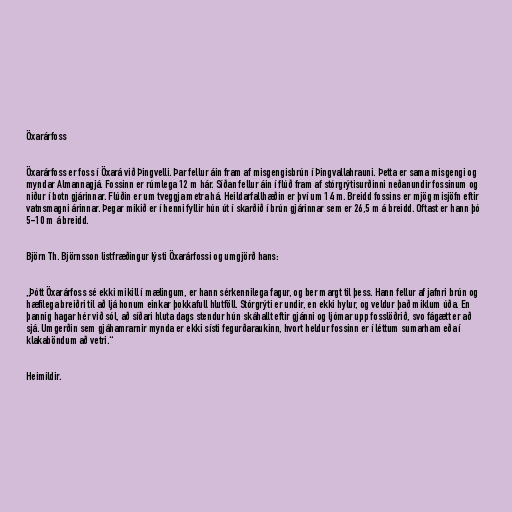
Öxarárfoss

Öxarárfoss er foss í Öxará við Þingvelli. Þar fellur áin fram af misgengisbrún í Þingvallahrauni. Þetta er sama misgengi og
myndar Almannagjá. Fossinn er rúmlega 12 m hár. Síðan fellur áin í flúð fram af stórgrýtisurðinni neðanundir fossinum og
niður í botn gjárinnar. Flúðin er um tveggja metra há. Heildarfallhæðin er því um 14 m. Breidd fossins er mjög misjöfn eftir
vatnsmagni árinnar. Þegar mikið er í henni fyllir hún út í skarðið í brún gjárinnar sem er 26,5 m á breidd. Oftast er hann þó
5-10 m á breidd.

Björn Th. Björnsson listfræðingur lýsti Öxarárfossi og umgjörð hans:

„Þótt Öxarárfoss sé ekki mikill í mælingum, er hann sérkennilega fagur, og ber margt til þess. Hann fellur af jafnri brún og
hæfilega breiðri til að ljá honum einkar þokkafull hlutföll. Stórgrýti er undir, en ekki hylur, og veldur það miklum úða. En
þannig hagar hér við sól, að síðari hluta dags stendur hún skáhallt eftir gjánni og ljómar upp fosslöðrið, svo fágætt er að
sjá. Umgerðin sem gjáhamrarnir mynda er ekki sísti fegurðaraukinn, hvort heldur fossinn er í léttum sumarham eða í
klakaböndum að vetri.“

Heimildir.